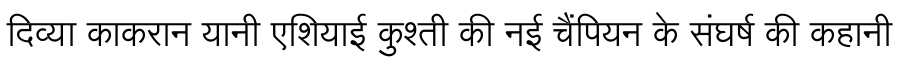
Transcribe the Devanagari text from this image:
दिव्या काकरान यानी एशियाई कुश्ती की नई चैंपियन के संघर्ष की कहानी